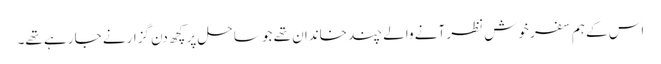
اس کے ہم سفر خوش نظر آنے والے چند خاندان تھے جو ساحل پر کچھ دن گزارنے جا رہے تھے۔